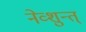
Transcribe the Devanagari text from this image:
नेव्शुन्त्